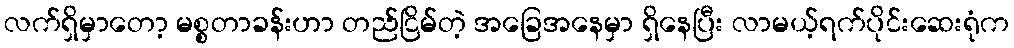
လက်ရှိမှာတော့ မစ္စတာခန်းဟာ တည်ငြိမ်တဲ့ အခြေအနေမှာ ရှိနေပြီး လာမယ့်ရက်ပိုင်းဆေးရုံက